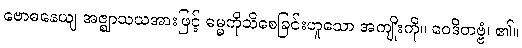
ဗောဓနေယျ အဇ္ဈာသယအားဖြင့် ဓမ္မကိုသိစေခြင်းဟူသော အကျိုးကို။ ဝေဒိတဗ္ဗံ၊ ၏။